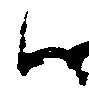
ハ